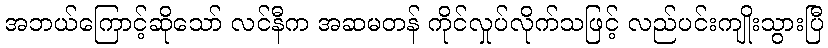
အဘယ်ကြောင့်ဆိုသော် လင်နီက အဆမတန် ကိုင်လှုပ်လိုက်သဖြင့် လည်ပင်းကျိုးသွားပြီ